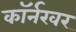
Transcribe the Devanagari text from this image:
काॅर्नरवर